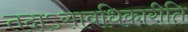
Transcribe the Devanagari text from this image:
तदाऽसावधिकारीति